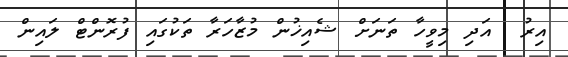
އިރު  އަދި މިވީހާ ތަނަށް ޝެއިޚުން މުޒާހަރާ ތަކުގައި ފުރޮންޓް ލައިން